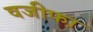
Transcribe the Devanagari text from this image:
वजीफा़